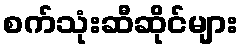
စက်သုံးဆီဆိုင်များ